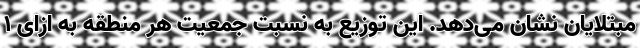
مبتلایان نشان می‌دهد. این توزیع به نسبت جمعیت هر منطقه به‌ ازای ۱